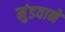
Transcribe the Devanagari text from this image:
मुंडवाने